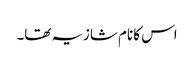
اس کا نام شازیہ تھا۔